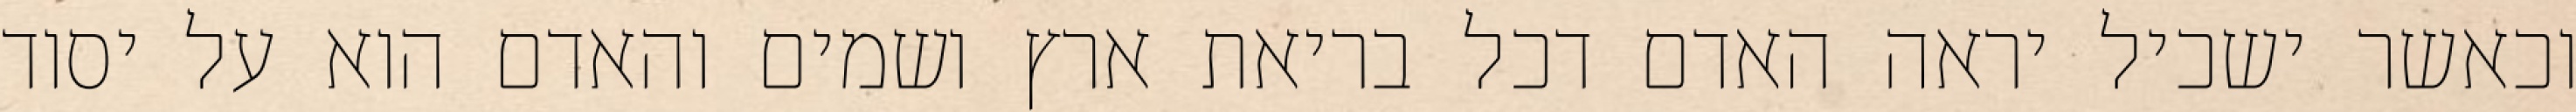
וכאשר ישכיל יראה האדם דכל בריאת ארץ ושמים והאדם הוא על יסוד